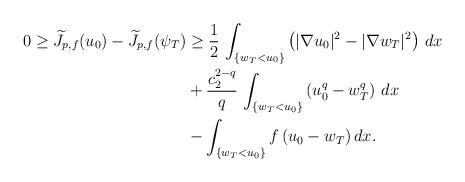
LaTeX: \begin{align*}0\ge \widetilde J_{p,f}(u_0)-\widetilde J_{p,f}(\psi_{T})&\ge \frac{1}{2}\, \int_{\{w_{T}<u_0\}} \left(|\nabla u_0|^2-|\nabla w_{T}|^2\right)\, dx\\&+\frac{c_2^{2-q}}{q}\, \int_{\{w_{T}<u_0\}} \left(u_0^q-w_{T}^q\right)\, dx\\&-\int_{\{w_{T}<u_0\}} f\, (u_0-w_{T})\, dx.\end{align*}